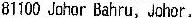
81100 JOHOR BAHRU, JOHOR,